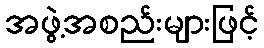
အဖွဲ့အစည်းများဖြင့်